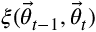
\xi ( \ensuremath { \vec { \theta } } _ { t - 1 } , \ensuremath { \vec { \theta } } _ { t } )